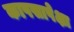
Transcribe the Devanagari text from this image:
कापसापेक्षा